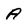
Character: A